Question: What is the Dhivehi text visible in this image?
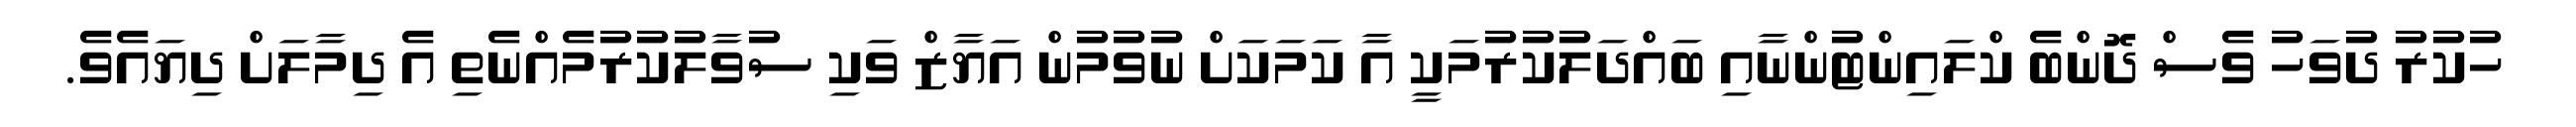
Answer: ހުކުރު ދުވަހު ވެސް ދޮންބެ ކްލައިންޓުންނާއި ބައްދަލުކުރުމަކީ އާ ކަމަކަށް ނުވުމުން އަޔާޒް ވަކި ސުވާލުކުރުމެއްނެތި އެ ދިމާލަށް ދިޔައެވެ.